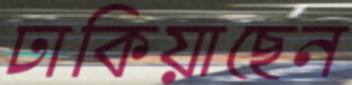
ঢাকিয়াছেন